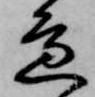
邊